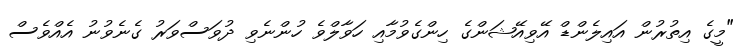
"މީގެ އިތުރުން އައިލެންޑް އޭވިއޭޝަންގެ ހިންގެވުމާއި ހަވާލްވެ ހުންނެވި ދުވަސްވަރު ގެނެވުނު އެއްވެސް